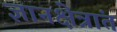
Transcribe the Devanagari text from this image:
ज्ञानक्षेत्रांत